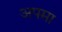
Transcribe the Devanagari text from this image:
अपमा